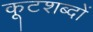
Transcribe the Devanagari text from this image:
कूटशब्दों